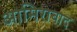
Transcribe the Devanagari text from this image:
आमिराबाद